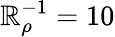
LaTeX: \mathbb{R}_{\rho}^{-1}=10